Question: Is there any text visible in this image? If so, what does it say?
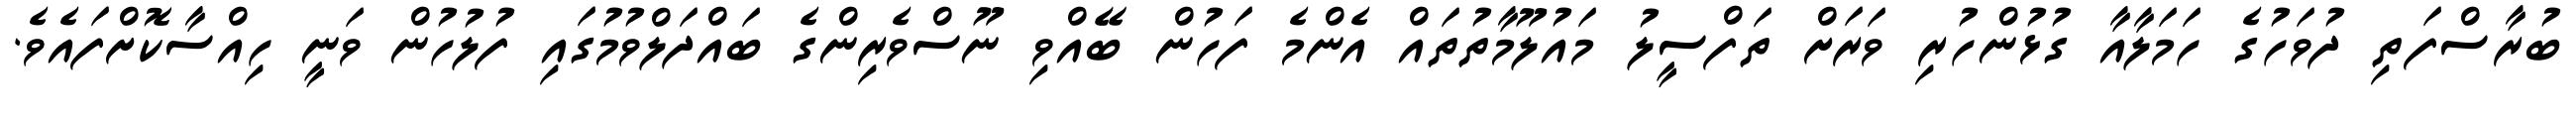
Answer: ބުރާސްފަތި ދުވަހުގެ ހަމަލާއާ ގުޅުންހުރި ވަރަށް ތަފްސީލު މައުލޫމާތުތައް އެންމެ ފަހުން ބޭއްވި ނޫސްވެރިންގެ ބައްދަލްވުމުގައި ފުލުހުން ވަނީ ހިއްސާކޮށްފައެވެ.